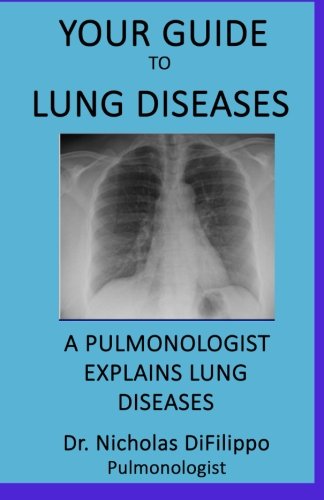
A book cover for Your Guide To Lung Diseases: A Pulmonologist Explains Lung Diseases; Dr. Nicholas DiFilippo; Health, Fitness & Dieting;